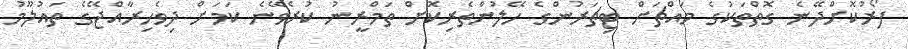
ފޯރުކޮށްދޭނެ ގޮތްތަކުގެ މައްޗަށް ޓިޗަރުންގެ ހޭލުންތެރިކޮށް ތަމްރީނު ކުރެވޭނެ ކަމަށް ދިވެހިރާއްޖޭގެ ތައުލޫމު